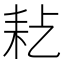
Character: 𦓪